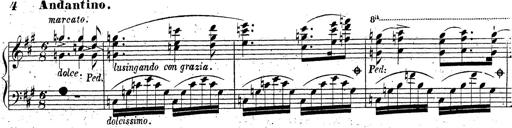
Title: Grande fantaisie sur la tyrolienne de l'opÃ©ra
Composer: Franz Liszt
Key: A major